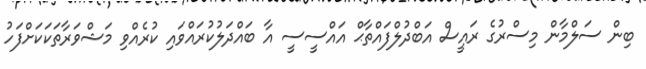
ބިން ސަލްމާން މިސްރުގެ ރައީސް އަބްދުލްފައްތާޙް އައްސީސީ އާ ބައްދަލުކުރައްވައި ކުރެއްވި މަޝްވަރާތަކަކަށްފަހު